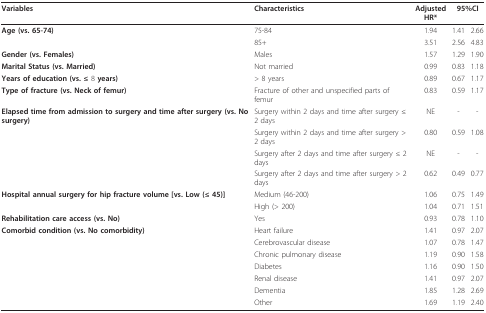
<table><thead><tr><td><b>Variables</b></td><td><b>Characteristics</b></td><td><b>AdjustedHR*</b></td><td colspan="2"><b>95%CI</b></td></tr></thead><tbody><tr><td><b>Age (vs. 65-74)</b></td><td>75-84</td><td>1.94</td><td>1.41</td><td>2.66</td></tr><tr><td></td><td>85+</td><td>3.51</td><td>2.56</td><td>4.83</td></tr><tr><td><b>Gender (vs. Females)</b></td><td>Males</td><td>1.57</td><td>1.29</td><td>1.90</td></tr><tr><td><b>Marital Status (vs. Married)</b></td><td>Not married</td><td>0.99</td><td>0.83</td><td>1.18</td></tr><tr><td><b>Years of education (vs. ≤ </b>8 <b>years)</b></td><td>&gt; 8 years</td><td>0.89</td><td>0.67</td><td>1.17</td></tr><tr><td><b>Type of fracture (vs. Neck of femur)</b></td><td>Fracture of other and unspecified parts of femur</td><td>0.83</td><td>0.59</td><td>1.17</td></tr><tr><td><b>Elapsed time from admission to surgery and time after surgery (vs. No surgery)</b></td><td>Surgery within 2 days and time after surgery ≤ 2 days</td><td>NE</td><td>-</td><td>-</td></tr><tr><td></td><td>Surgery within 2 days and time after surgery &gt; 2 days</td><td>0.80</td><td>0.59</td><td>1.08</td></tr><tr><td></td><td>Surgery after 2 days and time after surgery ≤ 2 days</td><td>NE</td><td>-</td><td>-</td></tr><tr><td></td><td>Surgery after 2 days and time after surgery &gt; 2 days</td><td>0.62</td><td>0.49</td><td>0.77</td></tr><tr><td><b>Hospital annual surgery for hip fracture volume [vs. Low (≤ 45)]</b></td><td>Medium (46-200)</td><td>1.06</td><td>0.75</td><td>1.49</td></tr><tr><td></td><td>High (&gt; 200)</td><td>1.04</td><td>0.71</td><td>1.51</td></tr><tr><td><b>Rehabilitation care access (vs. No)</b></td><td>Yes</td><td>0.93</td><td>0.78</td><td>1.10</td></tr><tr><td><b>Comorbid condition (vs. No comorbidity)</b></td><td>Heart failure</td><td>1.41</td><td>0.97</td><td>2.07</td></tr><tr><td></td><td>Cerebrovascular disease</td><td>1.07</td><td>0.78</td><td>1.47</td></tr><tr><td></td><td>Chronic pulmonary disease</td><td>1.19</td><td>0.90</td><td>1.58</td></tr><tr><td></td><td>Diabetes</td><td>1.16</td><td>0.90</td><td>1.50</td></tr><tr><td></td><td>Renal disease</td><td>1.41</td><td>0.97</td><td>2.07</td></tr><tr><td></td><td>Dementia</td><td>1.85</td><td>1.28</td><td>2.69</td></tr><tr><td></td><td>Other</td><td>1.69</td><td>1.19</td><td>2.40</td></tr></tbody></table>